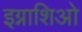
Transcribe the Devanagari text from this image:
इग्नाशिओ